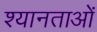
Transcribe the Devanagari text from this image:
श्यानताओं